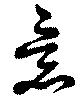
意